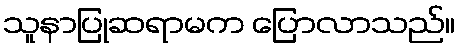
သူနာပြုဆရာမက ပြောလာသည်။